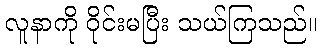
လူနာကို ဝိုင်းမပြီး သယ်ကြသည်။